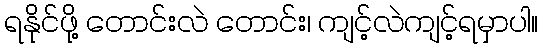
ရနိုင်ဖို့ တောင်းလဲ တောင်း၊ ကျင့်လဲကျင့်ရမှာပါ။